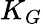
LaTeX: K_{G}